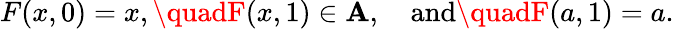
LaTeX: F(x,0)=x,\quadF(x,1)\in\mathbf{A},\quad{\mathrm{{and}}}\quadF(a,1)=a.